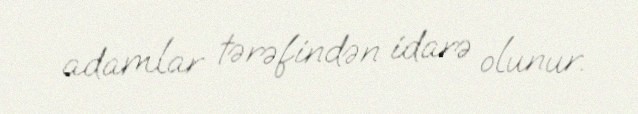
adamlar tərəfindən idarə olunur.